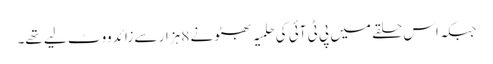
جبکہ اس حلقے میں پی ٹی آئی کی حلمیہ بھٹو نے 8 ہزار سے زائد ووٹ لیے تھے۔